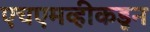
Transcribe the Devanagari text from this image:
एचएमव्हीकडून